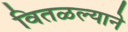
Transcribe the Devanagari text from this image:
वितळल्याने